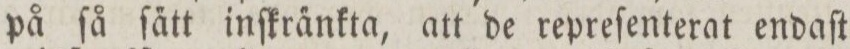
på ſå ſa̋tt inſkra̋nkta, att de repreſenterat endaſt